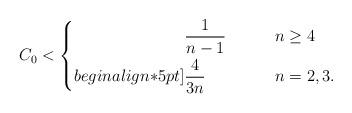
LaTeX: \begin{align*} C_0 < \left\{\begin{aligned} &\frac{1}{n-1} \quad\quad\, &&n \geq 4\\begin{align*}5pt]&\frac{4}{3n} \quad\quad\, &&n= 2,3.\end{aligned}\right.\end{align*}